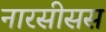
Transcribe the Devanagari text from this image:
नारसीसस